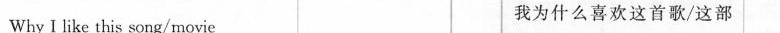
Why I like this song/movie 我为什么喜欢这首歌/这部